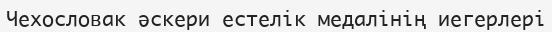
Чехословак әскери естелік медалінің иегерлері